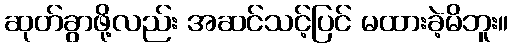
ဆုတ်ခွာဖို့လည်း အဆင်သင့်ပြင် မထားခဲ့မိဘူး။